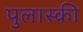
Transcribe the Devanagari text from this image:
पुलास्की